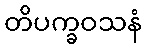
တိပက္ခဝသနံ